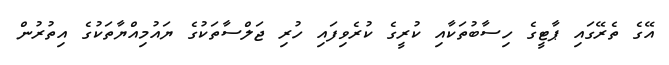
އޭގެ ތެރޭގައި ޕާޓީގެ ހިސާބުތަކާއި ކުރީގެ ކުރެވިފައި ހުރި ޖަލްސާތަކުގެ ޔައުމިއްޔާތަކުގެ އިތުރުން